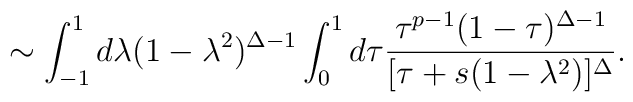
\sim\int_{-1}^{1}d\lambda (1-\lambda^{2})^{\Delta-1}\int_{0}^{1}d\tau\frac{\tau^{p-1}(1-\tau)^{\Delta-1}}{[\tau+s(1-\lambda^2)]^{\Delta}}.